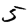
Digit: 5